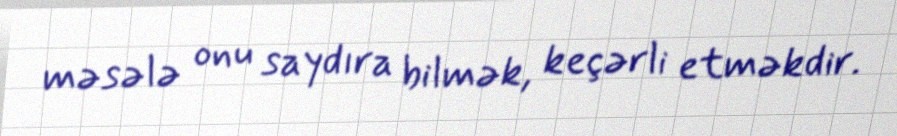
məsələ onu saydıra bilmək, keçərli etməkdir.